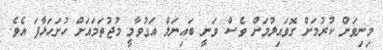
މިނިވަން ކުރުމަށް ގޮވައިލުމަށް ވެސް ވަނީ ބައިނަލް އަގުވާމީ މުޖުތަމައަށް ހުށަހަޅާފަ އެވެ.